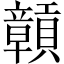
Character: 贑